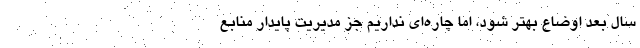
سال بعد اوضاع بهتر شود، اما چاره‌ای نداریم جز مدیریت پایدار منابع